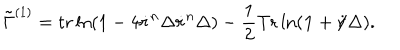
\tilde { \Gamma } ^ { ( 1 ) } = \mathrm { t r } \ln ( 1 - 4 \dot { r } ^ { n } \Delta \dot { r } ^ { n } \Delta ) - \frac { 1 } { 2 } \mathrm { T r } \ln ( { \bf 1 } + \dot { r } \! \! \! / \Delta ) .